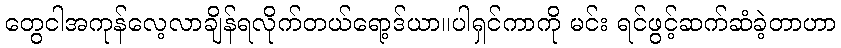
တွေငါအကုန်လေ့လာချိန်ရလိုက်တယ်ရော့ဒ်ယာ။ပါရှင်ကာကို မင်း ရင်ဖွင့်ဆက်ဆံခဲ့တာဟာ